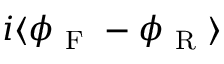
i \langle \phi _ { \mathrm { ~ F ~ } } - \phi _ { \mathrm { ~ R ~ } } \rangle